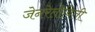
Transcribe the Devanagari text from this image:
जेनरेतीविती